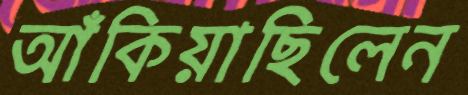
আঁকিয়াছিলেন